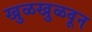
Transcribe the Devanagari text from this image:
खुळखुळवून